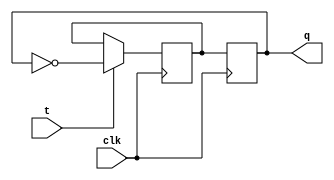
module t_ff(input clk, input t, output reg q);

reg d;

always @(posedge clk) begin
  if(t == 1'b1)
    d <= ~q;
end

always @(posedge clk) begin
  q <= d;
end

endmodule